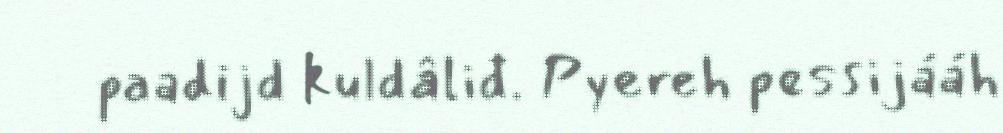
paadijd kuldâliđ. Pyereh pessijááh